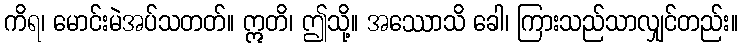
ကိရ၊ မောင်းမဲအပ်သတတ်။ ဣတိ၊ ဤသို့။ အဿောသိ ခေါ၊ ကြားသည်သာလျှင်တည်း။